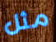
مثل